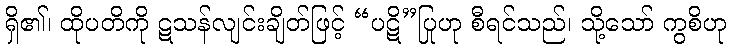
ရှိ၏၊ ထိုပတိကို ဋသန်လျင်းချိတ်ဖြင့် “ပဋိ”ပြုဟု စီရင်သည်၊ သို့သော် ကွစိဟု